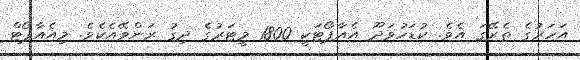
އަހަރުގެ ތެރޭގަ އެވެ. ކުޑަހުވަދޫ އެއާޕޯޓަކީ 1800 މީޓަރުގެ ދިގު ރަންވޭއެކެވެ. މިއެއާޕޯޓް